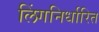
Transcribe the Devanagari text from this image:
लिंगनिर्धारित